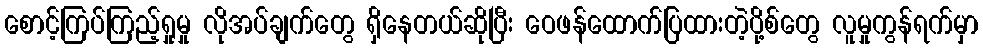
စောင့်ကြပ်ကြည့်ရှုမှု လိုအပ်ချက်တွေ ရှိနေတယ်ဆိုပြီး ဝေဖန်ထောက်ပြထားတဲ့ပို့စ်တွေ လူမှုကွန်ရက်မှာ